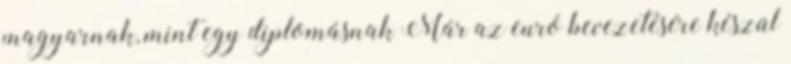
magyarnak, mint egy diplomásnak Már az euró bevezetésére készül